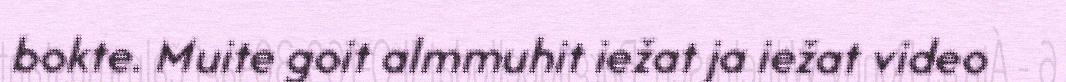
bokte. Muite goit almmuhit iežat ja iežat video